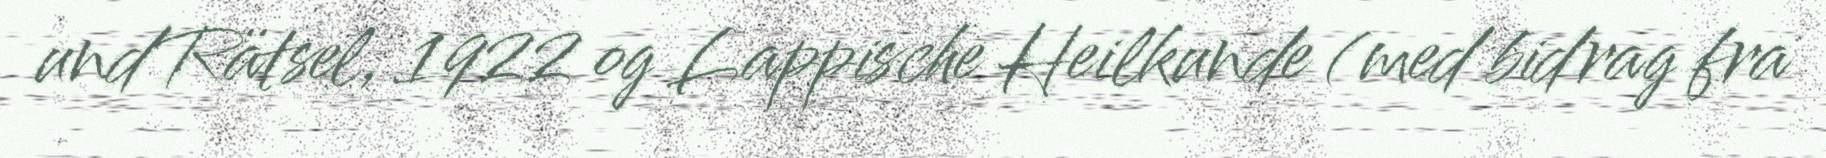
und Rätsel, 1922 og Lappische Heilkunde (med bidrag fra